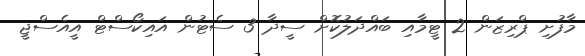
މާފުށި ޕްރިޒަން 2 ޓީމާއި ބައްދަލުކޮށް ސީދާ 3 ސެޓުން އައިކޯސްޓް އީއެސްޖީ